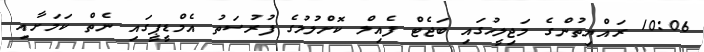
10:06 ރައްޔިތުންގެ މަޖިލީހުގައި ބަޖެޓް ފެއިލް ކޮށްލުމުގެ ފުރުސަތު އެމްޑީޕީގައި ނެތް ކަމަށާއި